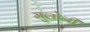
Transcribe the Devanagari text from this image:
मुल्रोनी